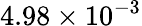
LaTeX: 4.98\times 10^{-3}